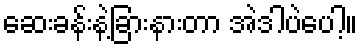
ဆေးခန်းနဲ့ခြားနားတာ အဲဒါပဲပေါ့။